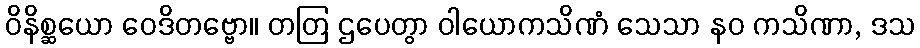
ဝိနိစ္ဆယော ဝေဒိတဗ္ဗော။ တတြ ဌပေတွာ ဝါယောကသိဏံ သေသာ နဝ ကသိဏာ, ဒသ